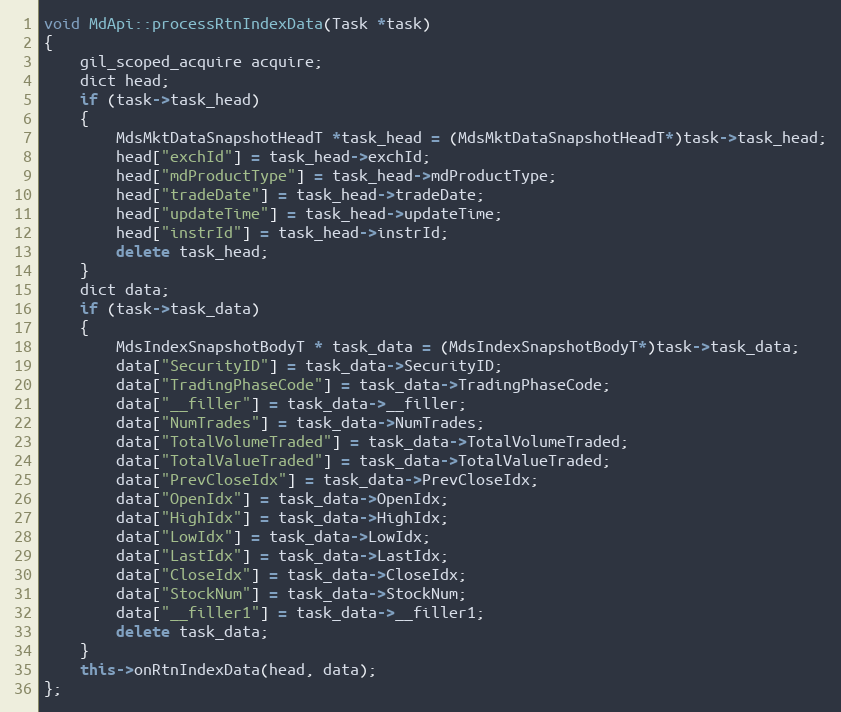
Language: C++
void MdApi::processRtnIndexData(Task *task)
{
	gil_scoped_acquire acquire;
	dict head;
	if (task->task_head)
	{
		MdsMktDataSnapshotHeadT *task_head = (MdsMktDataSnapshotHeadT*)task->task_head;
		head["exchId"] = task_head->exchId;
		head["mdProductType"] = task_head->mdProductType;
		head["tradeDate"] = task_head->tradeDate;
		head["updateTime"] = task_head->updateTime;
		head["instrId"] = task_head->instrId;
		delete task_head;
	}
	dict data;
	if (task->task_data)
	{
		MdsIndexSnapshotBodyT * task_data = (MdsIndexSnapshotBodyT*)task->task_data;
		data["SecurityID"] = task_data->SecurityID;
		data["TradingPhaseCode"] = task_data->TradingPhaseCode;
		data["__filler"] = task_data->__filler;
		data["NumTrades"] = task_data->NumTrades;
		data["TotalVolumeTraded"] = task_data->TotalVolumeTraded;
		data["TotalValueTraded"] = task_data->TotalValueTraded;
		data["PrevCloseIdx"] = task_data->PrevCloseIdx;
		data["OpenIdx"] = task_data->OpenIdx;
		data["HighIdx"] = task_data->HighIdx;
		data["LowIdx"] = task_data->LowIdx;
		data["LastIdx"] = task_data->LastIdx;
		data["CloseIdx"] = task_data->CloseIdx;
		data["StockNum"] = task_data->StockNum;
		data["__filler1"] = task_data->__filler1;
		delete task_data;
	}
	this->onRtnIndexData(head, data);
};